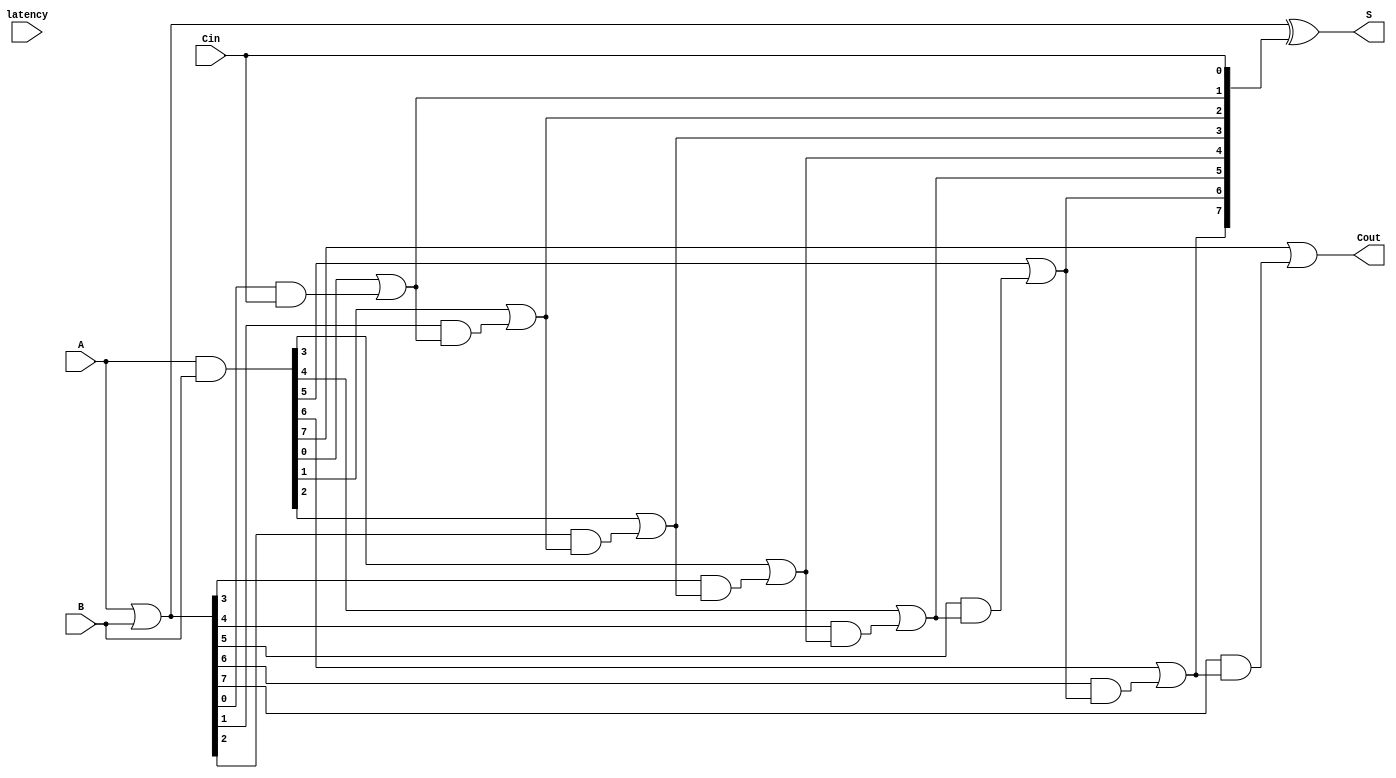
module VariableLatencyCLAA #(parameter N = 8) (
    input  wire [N-1:0] A,      // First n-bit input
    input  wire [N-1:0] B,      // Second n-bit input
    input  wire Cin,             // Carry-in
    input  wire [1:0] latency,   // Control signal for latency configuration
    output wire [N-1:0] S,       // n-bit sum output
    output wire Cout             // Carry-out
);

    // Generate and Propagate signals
    wire [N-1:0] G; // Generate
    wire [N-1:0] P; // Propagate
    wire [N:0] C;   // Carry signals

    // Generate and Propagate calculations
    assign G = A & B;          // G[i] = A[i] & B[i]
    assign P = A | B;          // P[i] = A[i] | B[i]

    // Carry calculations
    assign C[0] = Cin;         // C[0] = Cin
    genvar i;
    generate
        for (i = 1; i <= N; i = i + 1) begin : carry_calc
            assign C[i] = G[i-1] | (P[i-1] & C[i-1]); // C[i] = G[i-1] | (P[i-1] & C[i-1])
        end
    endgenerate

    // Sum calculations
    assign S = P ^ C[N-1:0];   // S[i] = P[i] ^ C[i]

    // Carry-out
    assign Cout = C[N];        // Cout = C[n]

    // Variable latency control (simplified)
    // This example does not implement complex latency control but can be extended
    // based on specific requirements. You can use multiplexers or additional logic
    // to select different carry calculation paths based on the latency input.

endmodule